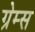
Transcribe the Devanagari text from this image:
ग्रेम्स